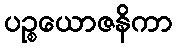
ပဉ္စယောဇနိကာ